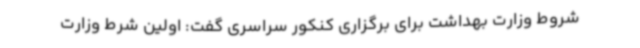
شروط وزارت بهداشت برای برگزاری کنکور سراسری گفت: اولین شرط وزارت